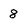
Character: 8